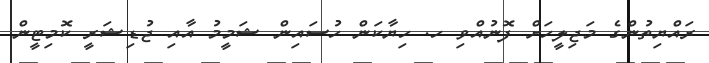
ރައްޔިތުންގެ މަޖިލީހަށް ފޮނުއްވި ހ. ހިޔާކަން ހުސައިން ޝަމީމު އާއި ޖުޑިޝަރީ ކޮމިޓީން